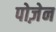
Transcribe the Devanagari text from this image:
पोज़ेन